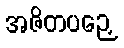
အဇိတပဉှေ